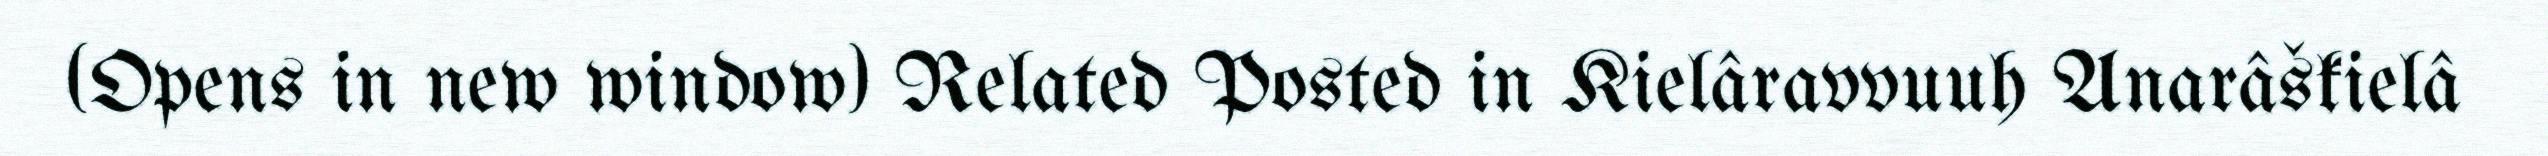
(Opens in new window) Related Posted in Kielâravvuuh Anarâškielâ